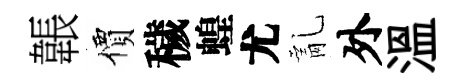
韔價穢蝗尤亂外温